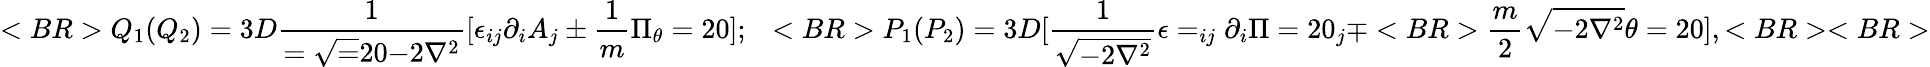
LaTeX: <BR>Q_{1}(Q_{2})=3D{\frac{1}{={{\sqrt=20{-2\nabla^{2}}}}}}[\epsilon_{ij}\partial_{i}A_{j}\pm{\frac{1}{m}}\Pi_{\theta}=20];~~<BR>P_{1}(P_{2})=3D[{\frac{1}{{\sqrt{-2\nabla^{2}}}}}\epsilon=_{ij}\partial_{i}\Pi=20_{j}\mp<BR>{\frac{m}{2}}{\sqrt{-2\nabla^{2}}}\theta=20],<BR><BR>